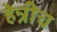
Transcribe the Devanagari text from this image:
हेन्रीच